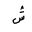
Letter: _shin